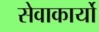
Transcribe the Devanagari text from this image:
सेवाकार्यो